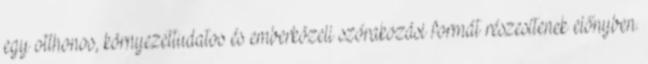
egy otthonos, környezettudatos és emberközeli szórakozási formát részesítenek előnyben.